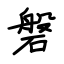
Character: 磐